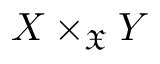
X \times _ { \mathfrak { X } } Y